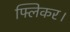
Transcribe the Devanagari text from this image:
फ्लिकर।